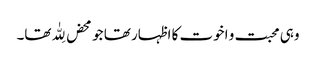
وہی محبت و اخوت کا اظہار تھا جو محض لِلّٰہ تھا۔